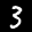
Label: 3